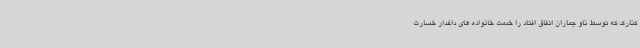
کنارک که توسط ناو جماران اتفاق افتاد را خدمت خانواده های داغدار خسارت